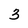
Character: 3